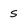
Character: s